Language: tamil
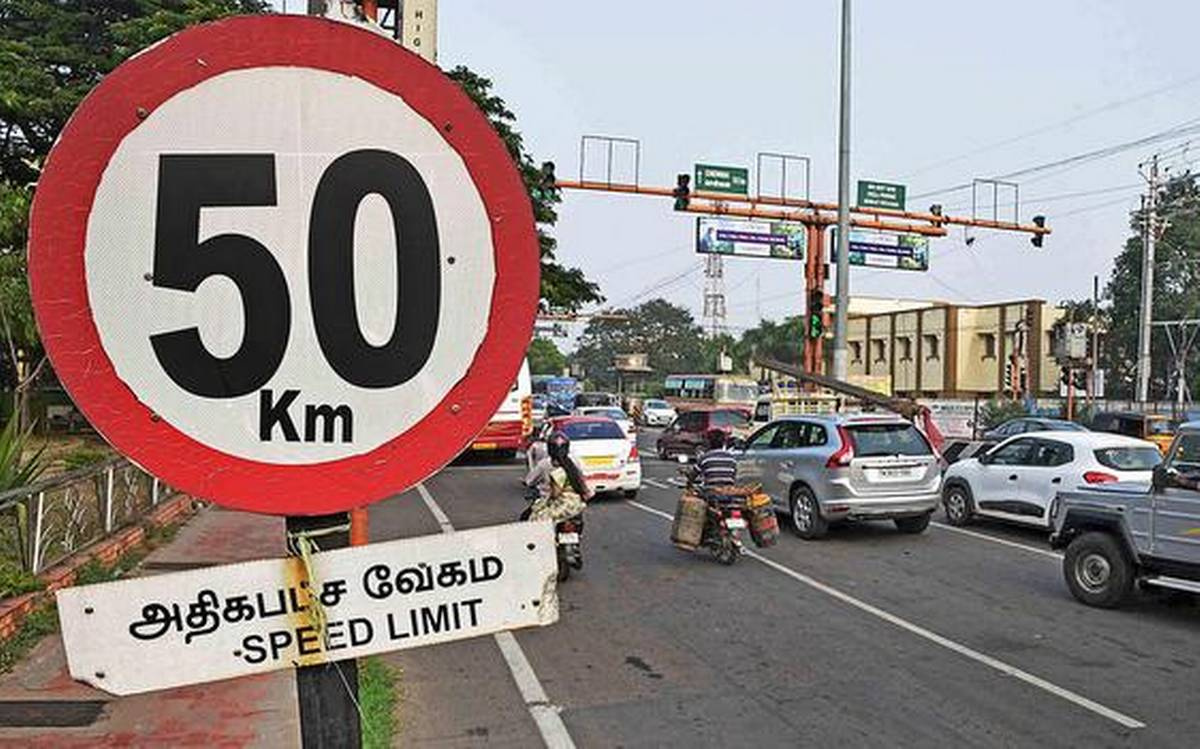
Transcription: அதிகபட்ச வேகம